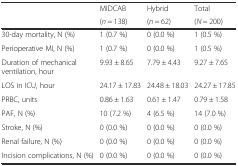
| <ROWSPAN=2>  | MIDCAB | Hybrid | Total |
 | (n = 138) | (n = 62) | (N = 200) |
 | --- | --- | --- | --- |
 | 30-day mortality, N (%) | 1 (0.7 %) | 0 (0.0 %) | 1 (0.5 %) |
 | Perioperative MI, N (%) | 1 (0.7 %) | 0 (0.0 %) | 1 (0.5 %) |
 | Duration of mechanical ventilation, hour | 9.93 ± 8.65 | 7.79 ± 4.43 | 9.27 ± 7.65 |
 | LOS in ICU, hour | 24.17 ± 17.83 | 24.48 ± 18.03 | 24.27 ± 17.85 |
 | PRBC, units | 0.86 ± 1.63 | 0.61 ± 1.47 | 0.79 ± 1.58 |
 | PAF, N (%) | 10 (7.2 %) | 4 (6.5 %) | 14 (7.0 %) |
 | Stroke, N (%) | 0 (0.0 %) | 0 (0.0 %) | 0 (0.0 %) |
 | Renal failure, N (%) | 0 (0.0 %) | 0 (0.0 %) | 0 (0.0 %) |
 | Incision complications, N (%) | 0 (0.0 %) | 0 (0.0 %) | 0 (0.0 %) |